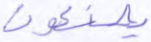
يصنعون